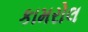
કામરોલ